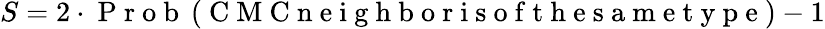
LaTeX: S=2\cdot\mathrm{~P~r~o~b~}\left(\mathrm{~C~M~C~n~e~i~g~h~b~o~r~i~s~o~f~t~h~e~s~a~m~e~t~y~p~e~}\right)-1